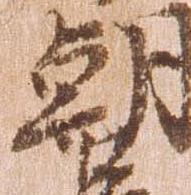
朝